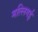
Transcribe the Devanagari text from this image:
मल्लिगई